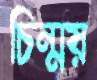
চিন্ময়